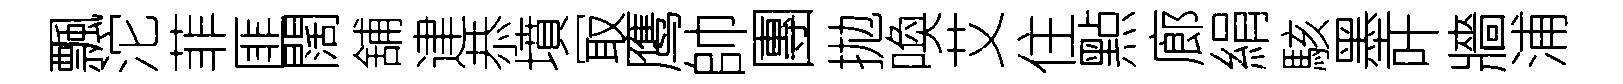
飄沱菲匪闊舖䢖恭墳冣鹰帥團拋喚艾住㸃廊絹駭墨叶牆浦